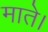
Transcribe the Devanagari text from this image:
माते।